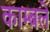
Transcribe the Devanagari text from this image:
काम्बले